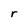
Character: r